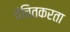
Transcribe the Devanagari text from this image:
वंचितकरता